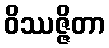
ဝိဿဇ္ဇိတာ